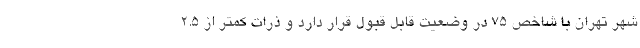
شهر تهران با شاخص 75 در وضعیت قابل قبول قرار دارد و ذرات کمتر از 2.5